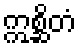
ဣစ္ဆိတံ